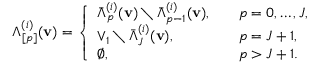
\begin{array} { r } { \Lambda _ { [ p ] } ^ { ( i ) } ( \mathbf { v } ) = \left\{ \begin{array} { l l } { \bar { \Lambda } _ { p } ^ { ( i ) } ( \mathbf { v } ) \setminus \bar { \Lambda } _ { p - 1 } ^ { ( i ) } ( \mathbf { v } ) , \quad } & { p = 0 , \dots , J , } \\ { \vee _ { 1 } \setminus \bar { \Lambda } _ { J } ^ { ( i ) } ( \mathbf { v } ) , \quad } & { p = J + 1 , } \\ { \emptyset , \quad } & { p > J + 1 . } \end{array} \right. } \end{array}